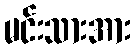
မင်းသားအား